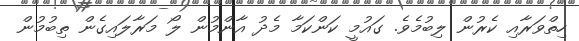
ހިތްވަރާއި ކެރުން ލިބުމެވެ. ގައުމީ ކަންކަމާ މެދު އާންމުން ލޯ މަރާލައިގެން ތިބުމުން